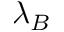
\lambda _ { B }